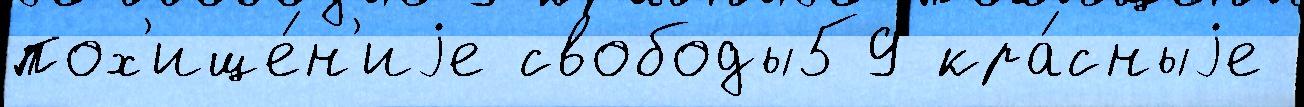
пох'ище́н'иjе свободы59 кра́сныjе